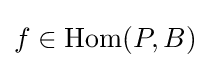
f\in \operatorname {Hom} (P,B)